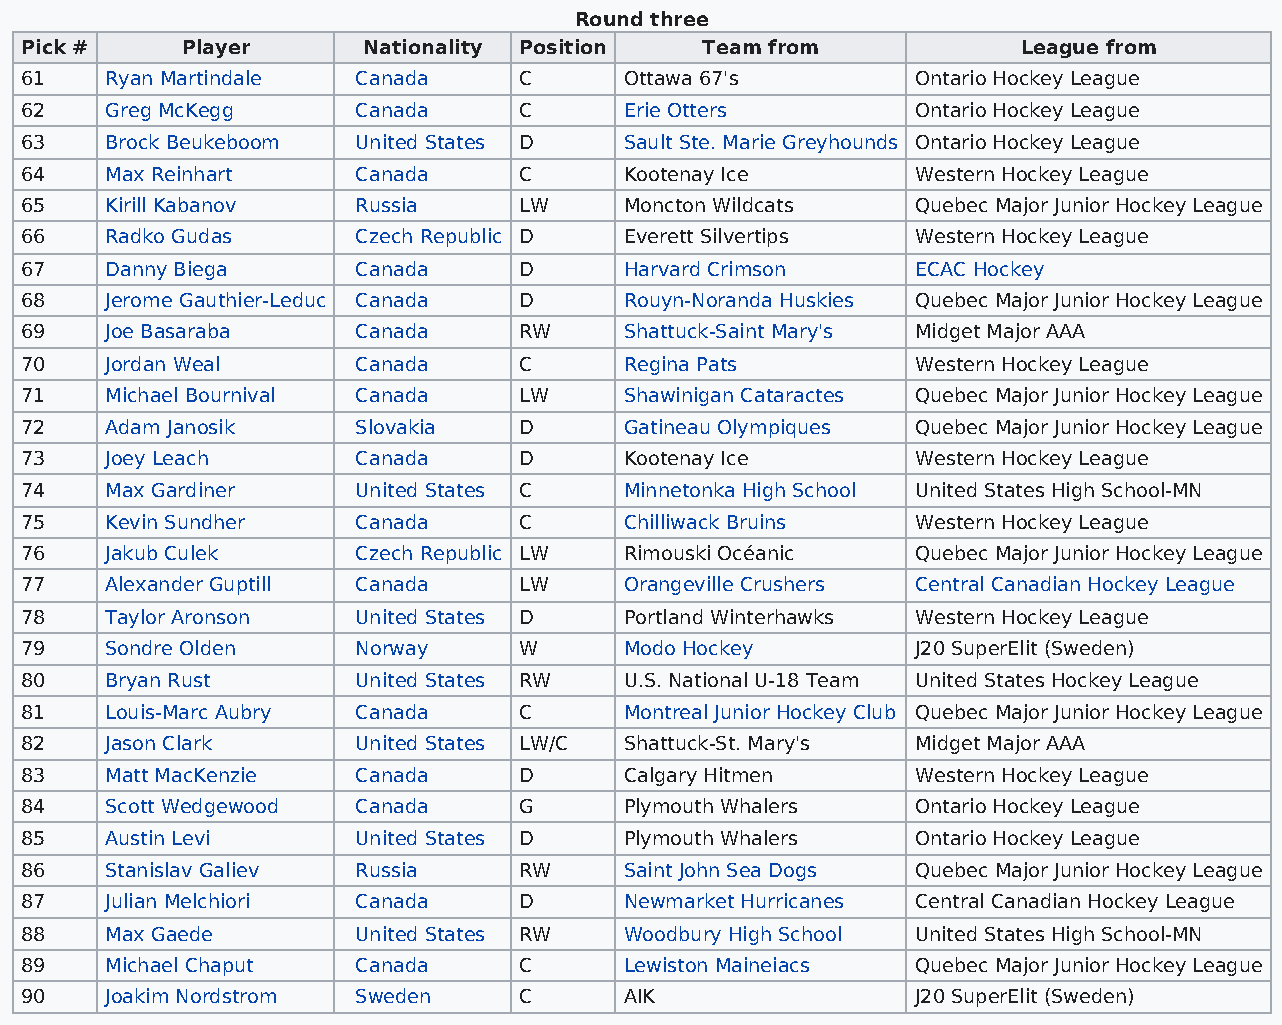
Round three
 Pick #     Player      Nationality Position  Team from             League from
 61    Ryan Martindale  Canada    C      Ottawa 67's         Ontario Hockey League
 62    Greg McKegg      Canada    C      Erie Otters         Ontario Hockey League
 63    Brock Beukeboom  United States D  Sault Ste. Marie Greyhounds Ontario Hockey League
 64    Max Reinhart     Canada    C      Kootenay Ice        Western Hockey League
 65    Kirill Kabanov   Russia    LW     Moncton Wildcats    Quebec Major Junior Hockey League
 66    Radko Gudas      Czech Republic D Everett Silvertips  Western Hockey League
 67    Danny Biega      Canada    D      Harvard Crimson     ECAC Hockey
 68    Jerome Gauthier-Leduc Canada D    Rouyn-Noranda Huskies Quebec Major Junior Hockey League
 69    Joe Basaraba     Canada    RW     Shattuck-Saint Mary's Midget Major AAA
 70    Jordan Weal      Canada    C      Regina Pats         Western Hockey League
 71    Michael Bournival Canada   LW     Shawinigan Cataractes Quebec Major Junior Hockey League
 72    Adam Janosik     Slovakia  D      Gatineau Olympiques Quebec Major Junior Hockey League
 73    Joey Leach       Canada    D      Kootenay Ice        Western Hockey League
 74    Max Gardiner     United States C  Minnetonka High School United States High School-MN
 75    Kevin Sundher    Canada    C      Chilliwack Bruins   Western Hockey League
 76    Jakub Culek      Czech Republic LW Rimouski Océanic   Quebec Major Junior Hockey League
 77    Alexander Guptill Canada   LW     Orangeville Crushers Central Canadian Hockey League
 78    Taylor Aronson   United States D  Portland Winterhawks Western Hockey League
 79    Sondre Olden     Norway    W      Modo Hockey         J20 SuperElit (Sweden)
 80    Bryan Rust       United States RW U.S. National U-18 Team United States Hockey League
 81    Louis-Marc Aubry Canada    C      Montreal Junior Hockey Club Quebec Major Junior Hockey League
 82    Jason Clark      United States LW/C Shattuck-St. Mary's Midget Major AAA
 83    Matt MacKenzie   Canada    D      Calgary Hitmen      Western Hockey League
 84    Scott Wedgewood  Canada    G      Plymouth Whalers    Ontario Hockey League
 85    Austin Levi      United States D  Plymouth Whalers    Ontario Hockey League
 86    Stanislav Galiev Russia    RW     Saint John Sea Dogs Quebec Major Junior Hockey League
 87    Julian Melchiori Canada    D      Newmarket Hurricanes Central Canadian Hockey League
 88    Max Gaede        United States RW Woodbury High School United States High School-MN
 89    Michael Chaput   Canada    C      Lewiston Maineiacs  Quebec Major Junior Hockey League
 90    Joakim Nordstrom Sweden    C      AIK                 J20 SuperElit (Sweden)